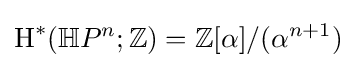
\operatorname {H} ^{*}(\mathbb {H} P^{n};\mathbb {Z} )=\mathbb {Z} [\alpha ]/(\alpha ^{n+1})